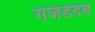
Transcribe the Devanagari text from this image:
गजडदब